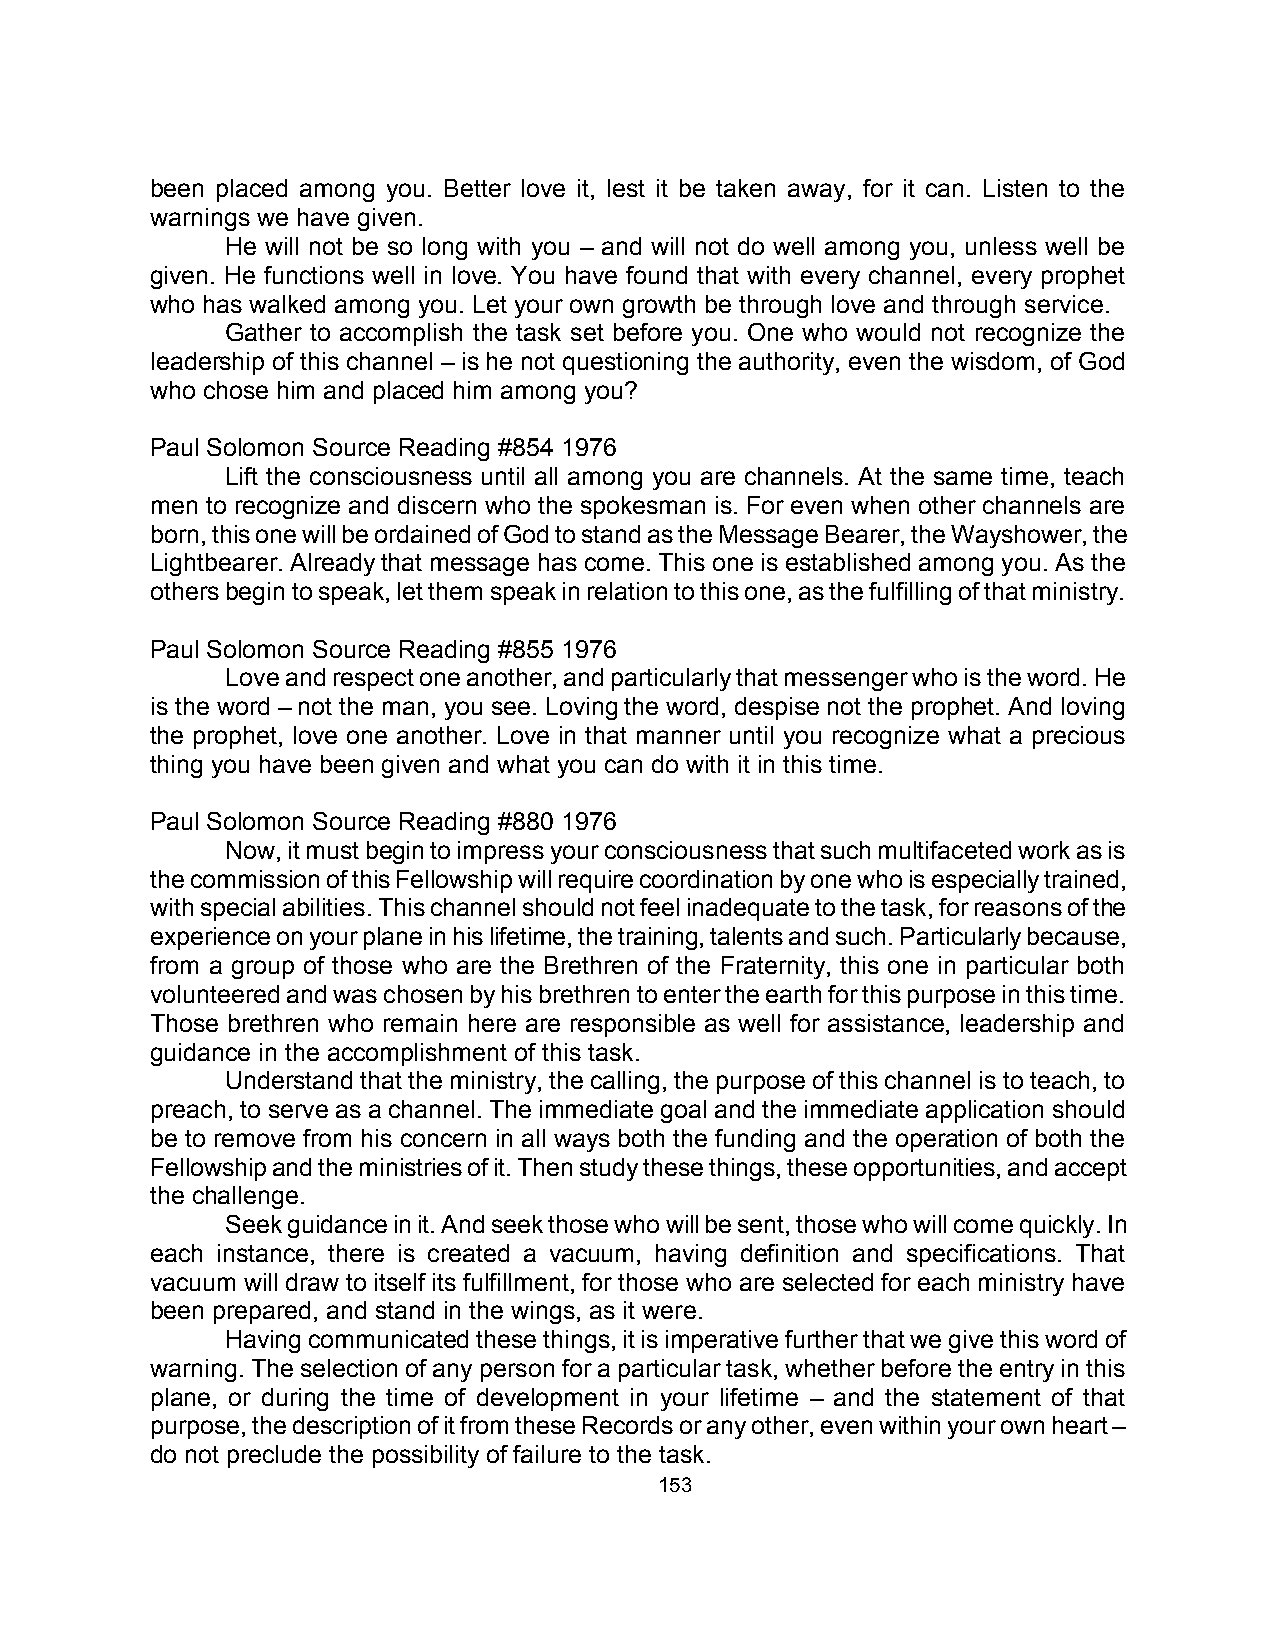
been placed among you. Better love it, lest it be taken away, for it can. Listen to the
 warnings we have given.
 He will not be so long with you – and will not do well among you, unless well be
 given. He functions well in love. You have found that with every channel, every prophet
 who has walked among you. Let your own growth be through love and through service.
 Gather to accomplish the task set before you. One who would not recognize the
 leadership of this channel – is he not questioning the authority, even the wisdom, of God
 who chose him and placed him among you?
 Paul Solomon Source Reading #854 1976
 Lift the consciousness until all among you are channels. At the same time, teach
 men to recognize and discern who the spokesman is. For even when other channels are
 born, this one will be ordained of God to stand as the Message Bearer, the Wayshower, the
 Lightbearer. Already that message has come. This one is established among you. As the
 others begin to speak, let them speak in relation to this one, as the fulfilling of that ministry.
 Paul Solomon Source Reading #855 1976
 Love and respect one another, and particularly that messenger who is the word. He
 is the word – not the man, you see. Loving the word, despise not the prophet. And loving
 the prophet, love one another. Love in that manner until you recognize what a precious
 thing you have been given and what you can do with it in this time.
 Paul Solomon Source Reading #880 1976
 Now, it must begin to impress your consciousness that such multifaceted work as is
 the commission of this Fellowship will require coordination by one who is especially trained,
 with special abilities. This channel should not feel inadequate to the task, for reasons of the
 experience on your plane in his lifetime, the training, talents and such. Particularly because,
 from a group of those who are the Brethren of the Fraternity, this one in particular both
 volunteered and was chosen by his brethren to enter the earth for this purpose in this time.
 Those brethren who remain here are responsible as well for assistance, leadership and
 guidance in the accomplishment of this task.
 Understand that the ministry, the calling, the purpose of this channel is to teach, to
 preach, to serve as a channel. The immediate goal and the immediate application should
 be to remove from his concern in all ways both the funding and the operation of both the
 Fellowship and the ministries of it. Then study these things, these opportunities, and accept
 the challenge.
 Seek guidance in it. And seek those who will be sent, those who will come quickly. In
 each instance, there is created a vacuum, having definition and specifications. That
 vacuum will draw to itself its fulfillment, for those who are selected for each ministry have
 been prepared, and stand in the wings, as it were.
 Having communicated these things, it is imperative further that we give this word of
 warning. The selection of any person for a particular task, whether before the entry in this
 plane, or during the time of development in your lifetime – and the statement of that
 purpose, the description of it from these Records or any other, even within your own heart –
 do not preclude the possibility of failure to the task.
 153